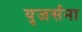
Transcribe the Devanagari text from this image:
युजर्सना